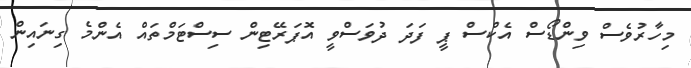
މިހާރުވެސް ވިންޑޯސް އެކްސް ޕީ ފަދަ ދުވަސްވީ އޮޕަރޭޓިން ސިސްޓަމްތައް އެންމެ ގިނައިން